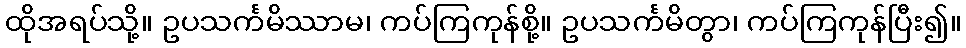
ထိုအရပ်သို့။ ဥပသင်္ကမိဿာမ၊ ကပ်ကြကုန်စို့။ ဥပသင်္ကမိတွာ၊ ကပ်ကြကုန်ပြီး၍။